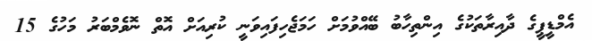
އެމްޑީޕީގެ ދާއިރާތަކުގެ އިންތިހާބު ބޭއްވުމަށް ހަމަޖެހިފައިވަނީ ކުރިއަށް އޮތް ނޮވެމްބަރު މަހުގެ 15